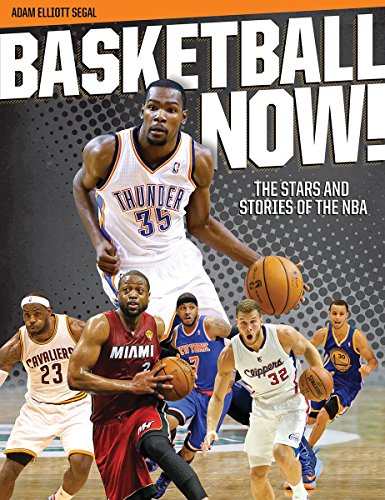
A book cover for Basketball Now!: The Stars and Stories of the NBA; Adam Segal; Biographies & Memoirs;